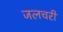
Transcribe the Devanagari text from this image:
जलचरी